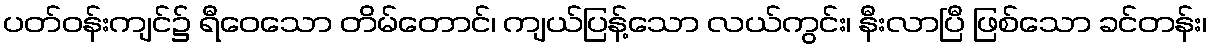
ပတ်ဝန်းကျင်၌ ရီဝေသော တိမ်တောင်၊ ကျယ်ပြန့်သော လယ်ကွင်း၊ နီးလာပြီ ဖြစ်သော ခင်တန်း၊